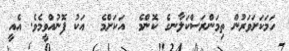
ހަމަކަށަވަރުން ތިމަންރަސްކަލާނގެ ކޮންމެ  އަކަށްމެ  އަކު ފޮނުއްވީމެވެ. އެއީ